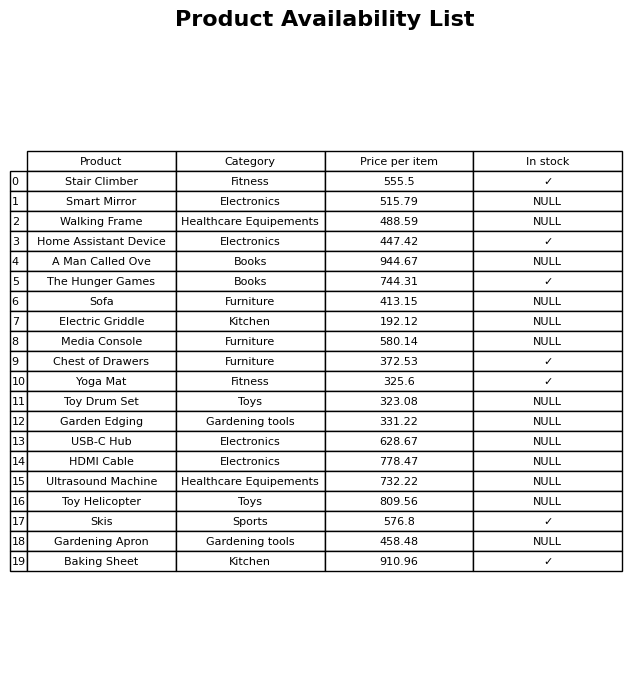
question: What is the price for Toy Drum Set?
answer: The price of Toy Drum Set is 323.08.